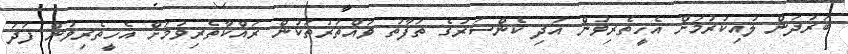
ބަރުދަން ލުއިކުރުމަށް އެހީތެރިވުން އަދި ކެންސަރުގެ ތަފާތު ވައްތަރުތަކުން ރައްކާތެރިވުމަށް އެހީތެރިވުން ފަދަ